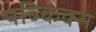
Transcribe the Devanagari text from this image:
पब्किक्स